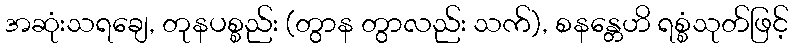
အဆုံးသရချေ, တုနပစ္စည်း (တွာန တွာလည်း သက်), စနန္တေဟိ ရစ္စံသုတ်ဖြင့်